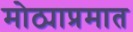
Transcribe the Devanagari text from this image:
मोठ्याप्रमात